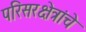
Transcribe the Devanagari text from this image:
परिसरक्षेत्रांचे